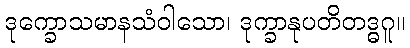
ဒုက္ခောသမာနသံဝါသော၊ ဒုက္ခာနုပတိတဒ္ဓဂူ။